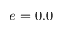
e = 0 . 0